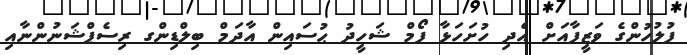
ފުލުހުންގެ ވަޒީފާއަށް އެދި ހުށަހަޅާ ފޯމް ޝަހީދު ޙުސައިން އާދަމް ބިލްޑިންގ ރިސެޕްޝަނުންނާއި